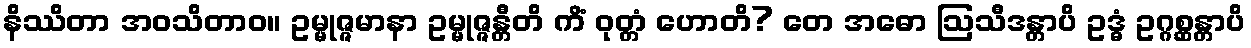
နိဿိတာ အဝသိတာဝ။ ဥမ္မုဇ္ဇမာနာ ဥမ္မုဇ္ဇန္တီတိ ကိံ ဝုတ္တံ ဟောတိ? တေ အဓော ဩသီဒန္တာပိ ဥဒ္ဓံ ဥဂ္ဂစ္ဆန္တာပိ